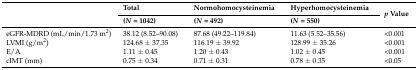
| <ROWSPAN=2>  | Total | Normohomocysteinemia | Hyperhomocysteinemia | <ROWSPAN=2> p Value |
 | (N = 1042) | (N = 492) | (N = 550) |
 | --- | --- | --- | --- | --- |
 | eGFR-MDRD (mL/min/1.73 m2) | 38.12 (8.52–90.08) | 87.68 (49.22–119.84) | 11.63 (5.52–35.56) | <0.001 |
 | LVMI (g/m2) | 124.68 ± 37.35 | 116.19 ± 39.92 | 128.99 ± 35.26 | <0.001 |
 | E/A | 1.11 ± 0.45 | 1.20 ± 0.43 | 1.02 ± 0.45 | <0.001 |
 | cIMT (mm) | 0.75 ± 0.34 | 0.71 ± 0.31 | 0.78 ± 0.35 | <0.05 |